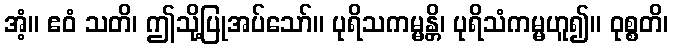
အံ့။ ဧဝံ သတိ၊ ဤသို့ပြုအပ်သော်။ ပုရိသကမ္မန္တိ၊ ပုရိသံကမ္မဟူ၍။ ဝုစ္စတိ၊